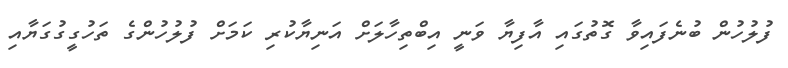
ފުލުހުން ބުނެފައިވާ ގޮތުގައި އާފިޔާ ވަނީ އިބްތިހާލަށް އަނިޔާކުރި ކަމަށް ފުލުހުންގެ ތަހުގީގުގަޔާއި